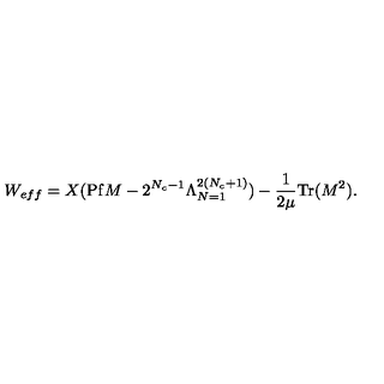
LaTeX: W _ { e f f } = X ( \mathrm { P f } M - 2 ^ { N _ { c } - 1 } \Lambda _ { N = 1 } ^ { 2 ( N _ { c } + 1 ) } ) - \frac { 1 } { 2 \mu } \mathrm { T r } ( M ^ { 2 } ) .